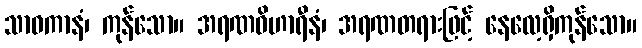
သာဝကာနံ၊ ကုန်သော။ အရဏဝိဟာရီနံ၊ အရဏတရားဖြင့် နေလေ့ရှိကုန်သော။